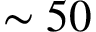
\sim 5 0